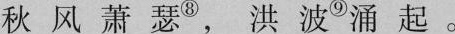
秋风萧瑟^{⑧} ，洪波^{⑨} 涌起。